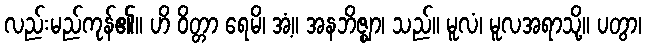
လည်းမည်ကုန်၏။ ဟိ ဝိတ္တာ ရေမိ၊ အံ့။ အနဘိဇ္ဈာ၊ သည်။ မူလံ၊ မူလအရာသို့။ ပတွာ၊